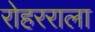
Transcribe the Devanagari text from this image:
रोहरराला